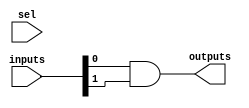
module CLB #(
    parameter NUM_INPUTS = 4, // Number of inputs (2 to 6)
    parameter NUM_OUTPUTS = 1  // Number of outputs
)(
    input wire [NUM_INPUTS-1:0] inputs, // Input signals
    input wire [NUM_INPUTS-1:0] sel,     // Select lines for LUT
    output wire [NUM_OUTPUTS-1:0] outputs // Output signals
);

// Internal logic declaration
wire [NUM_OUTPUTS-1:0] lut_out;

// Example LUT implementation (can be replaced with actual logic)
generate
    genvar i;
    for (i = 0; i < NUM_OUTPUTS; i = i + 1) begin : lut
        // Simple example: 2-input AND gate for the first output
        if (NUM_INPUTS >= 2) begin
            assign lut_out[i] = inputs[0] & inputs[1]; // AND operation
        end else begin
            assign lut_out[i] = inputs[0]; // Direct pass-through for single input
        end
    end
endgenerate

// Output assignment
assign outputs = lut_out;

// Power management (example)
always @(*) begin
    // Implement power gating or clock gating logic here if needed
end

endmodule